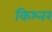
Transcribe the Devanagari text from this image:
किश्नर